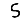
Digit: 5